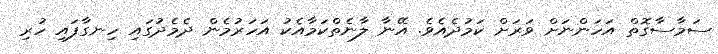
ސަމާސާގޮތް އަހަންނަށް ވަރަށް ކަމުދެއެވެ. އޭނާ ލާނެތްކަމާއެކު އަހަރުމެން ދެމެދުގައި ހިނގާފައި ހުރި